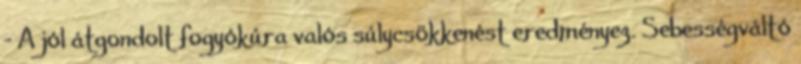
- A jól átgondolt fogyókúra valós súlycsökkenést eredményez. Sebességváltó